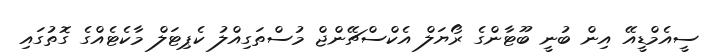
ސީއެމްޑީއޭ އިން ބުނީ ބޫޓާންގެ ރޯޔަލް އެކްސްޗޭންޖް މުސްތަގިއްލު ކެޕިޓަލް މާކެޓެއްގެ ގޮތުގައި